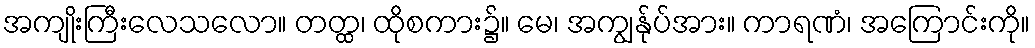
အကျိုးကြီးလေသလော။ တတ္ထ၊ ထိုစကား၌။ မေ၊ အကျွန်ုပ်အား။ ကာရဏံ၊ အကြောင်းကို။